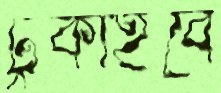
ঢুকাইবে